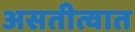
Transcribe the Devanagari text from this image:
असतीत्वात